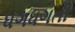
ધગધગતી